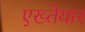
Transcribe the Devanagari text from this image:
एख्तेयार